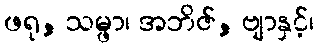
ဖရု, သမ္ဖာ၊ အဘိဇ်, ဗျာနှင့်၊